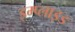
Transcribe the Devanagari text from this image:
इम्प्‍लाइड